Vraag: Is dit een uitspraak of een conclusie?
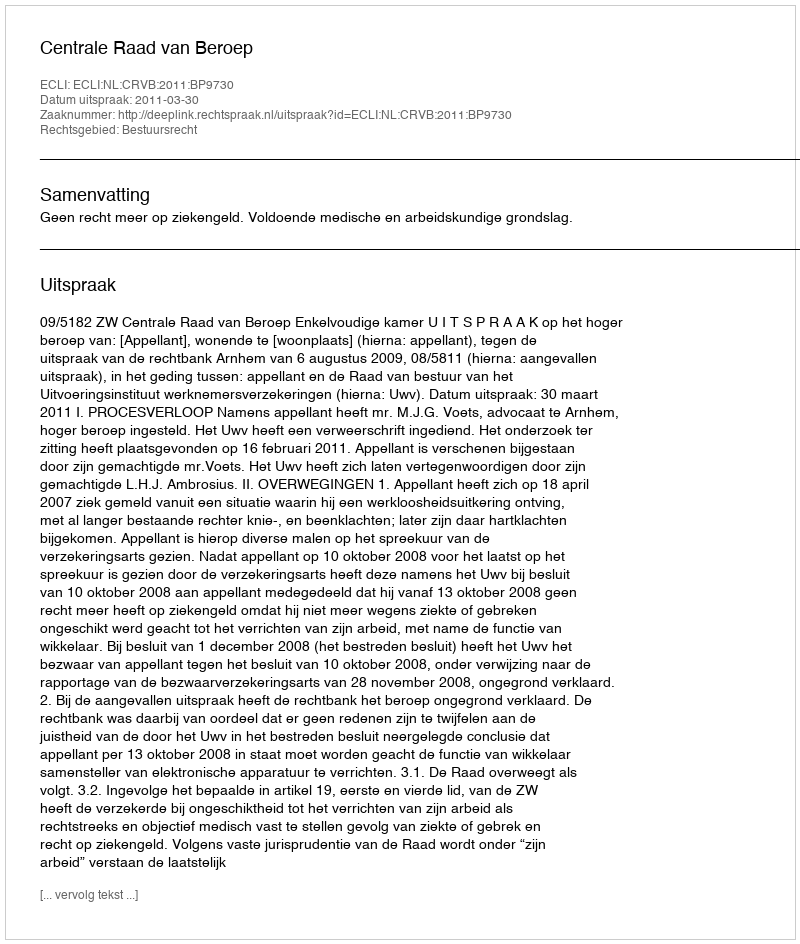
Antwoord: Uitspraak